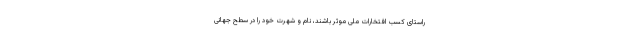
راستای کسب افتخارات ملی موثر باشند، نام و شهرت خود را در سطح جهانی